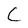
Character: C